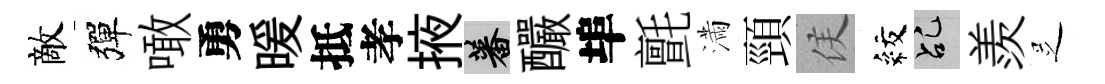
敵彈噉勇暖抵孝掖蕃釅埠氈滿頸侯紋乩羨𠯁